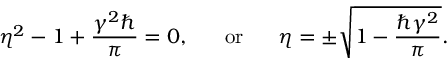
\eta ^ { 2 } - 1 + \frac { \gamma ^ { 2 } \hbar } { \pi } = 0 , ~ ~ ~ ~ ~ \mathrm { o r } ~ ~ ~ ~ ~ \eta = \pm \sqrt { 1 - \frac { \hbar \gamma ^ { 2 } } { \pi } } .